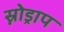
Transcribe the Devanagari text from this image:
स्नोड्राप